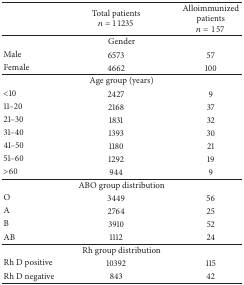
<table><thead><tr><td><b> </b></td><td><b>Total patients<i>n</i> = 11235</b></td><td><b>Alloimmunized patients<i>n</i> = 157</b></td></tr></thead><tbody><tr><td colspan="3">Gender</td></tr><tr><td>Male</td><td>6573</td><td>57</td></tr><tr><td>Female</td><td>4662</td><td>100</td></tr><tr><td colspan="3">Age group (years)</td></tr><tr><td>&lt;10</td><td>2427</td><td>9</td></tr><tr><td>11–20</td><td>2168</td><td>37</td></tr><tr><td>21–30</td><td>1831</td><td>32</td></tr><tr><td>31–40</td><td>1393</td><td>30</td></tr><tr><td>41–50</td><td>1180</td><td>21</td></tr><tr><td>51–60</td><td>1292</td><td>19</td></tr><tr><td>&gt;60</td><td>944</td><td>9</td></tr><tr><td colspan="3">ABO group distribution</td></tr><tr><td>O</td><td>3449</td><td>56</td></tr><tr><td>A</td><td>2764</td><td>25</td></tr><tr><td>B</td><td>3910</td><td>52</td></tr><tr><td>AB</td><td>1112</td><td>24</td></tr><tr><td colspan="3">Rh group distribution</td></tr><tr><td>Rh D positive</td><td>10392</td><td>115</td></tr><tr><td>Rh D negative</td><td>843</td><td>42</td></tr></tbody></table>